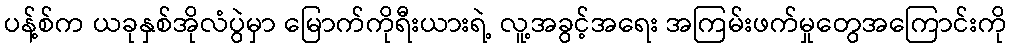
ပန့်စ်က ယခုနှစ်အိုလံပွဲမှာ မြောက်ကိုရီးယားရဲ့ လူ့အခွင့်အရေး အကြမ်းဖက်မှုတွေအကြောင်းကို